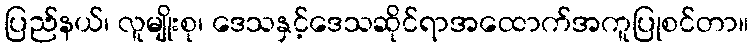
ပြည်နယ်၊ လူမျိုးစု၊ ဒေသနှင့်ဒေသဆိုင်ရာအထောက်အကူပြုစင်တာ။